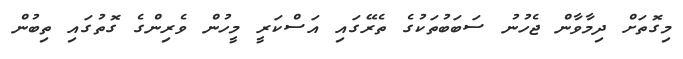
މިގޮތަށް ދިމާވާން ޖެހުނު ސަބަބުތަކުގެ ތެރޭގައި އަސްކަރީ މީހުން ވެރިންގެ ގޮތުގައި ތިބުން